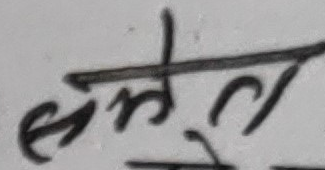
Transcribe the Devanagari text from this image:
सकेतल